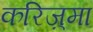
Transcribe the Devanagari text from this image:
करिज़्मा